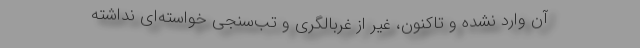
آن وارد نشده و تاکنون، غیر از غربالگری و تب‌سنجی خواسته‌ای نداشته